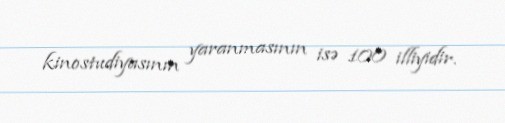
kinostudiyasının yaranmasının isə 100 illiyidir.